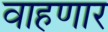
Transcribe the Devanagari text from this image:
वाहणार